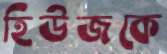
হিউজকে